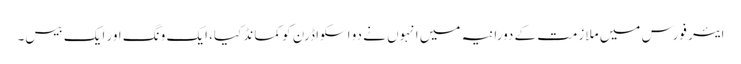
ایئر فورس میں ملازمت کے دورانیہ میں انہوں نے دو اسکواڈرن کو کمانڈ کیا، ایک ونگ اور ایک بیس۔